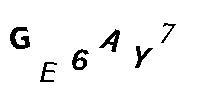
GE6AY7